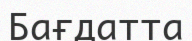
Бағдатта